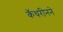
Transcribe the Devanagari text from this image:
कॅथरीनने